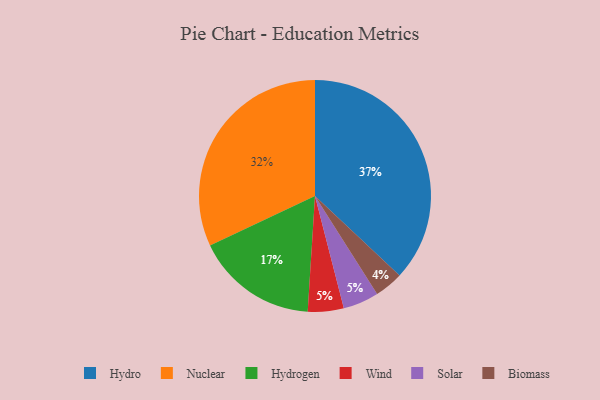
{"axis": {"x": "Category", "y": "Percentage"}, "legend": ["Biomass", "Hydro", "Hydrogen", "Nuclear", "Solar", "Wind"], "data": [{"x": "Wind", "y": 5, "type": "Wind"}, {"x": "Biomass", "y": 4, "type": "Biomass"}, {"x": "Hydro", "y": 37, "type": "Hydro"}, {"x": "Hydrogen", "y": 17, "type": "Hydrogen"}, {"x": "Nuclear", "y": 32, "type": "Nuclear"}, {"x": "Solar", "y": 5, "type": "Solar"}]}